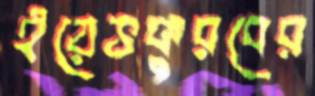
ইয়েভকুরবের